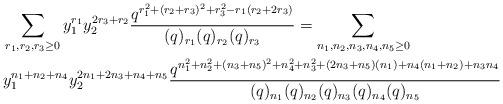
LaTeX: \begin{align*}&\sum_{\substack{r_1,r_2,r_3 \geq 0}} y_1^{r_1} y_2^{2r_3+r_2} \frac{q^{r_1^2+(r_2+r_3)^2+r_3^2-r_1(r_2+2 r_3)}}{(q)_{r_1}(q)_{r_2}(q)_{r_3}}= \sum_{\substack{n_1,n_2,n_3,n_4,n_{5} \geq 0}}\\ & y_1^{n_1+n_2+n_4} y_2^{2n_1+2n_3+n_4+n_5} \frac{q^{n_1^2+n_2^2+(n_3+n_5)^2+n_4^2+n_3^2+(2 n_3+n_5)(n_1)+n_4(n_1+n_2)+n_3 n_4}}{(q)_{n_1}(q)_{n_2}(q)_{n_3}(q)_{n_4}(q)_{n_5}} \end{align*}